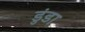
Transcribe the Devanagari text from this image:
डुंडा